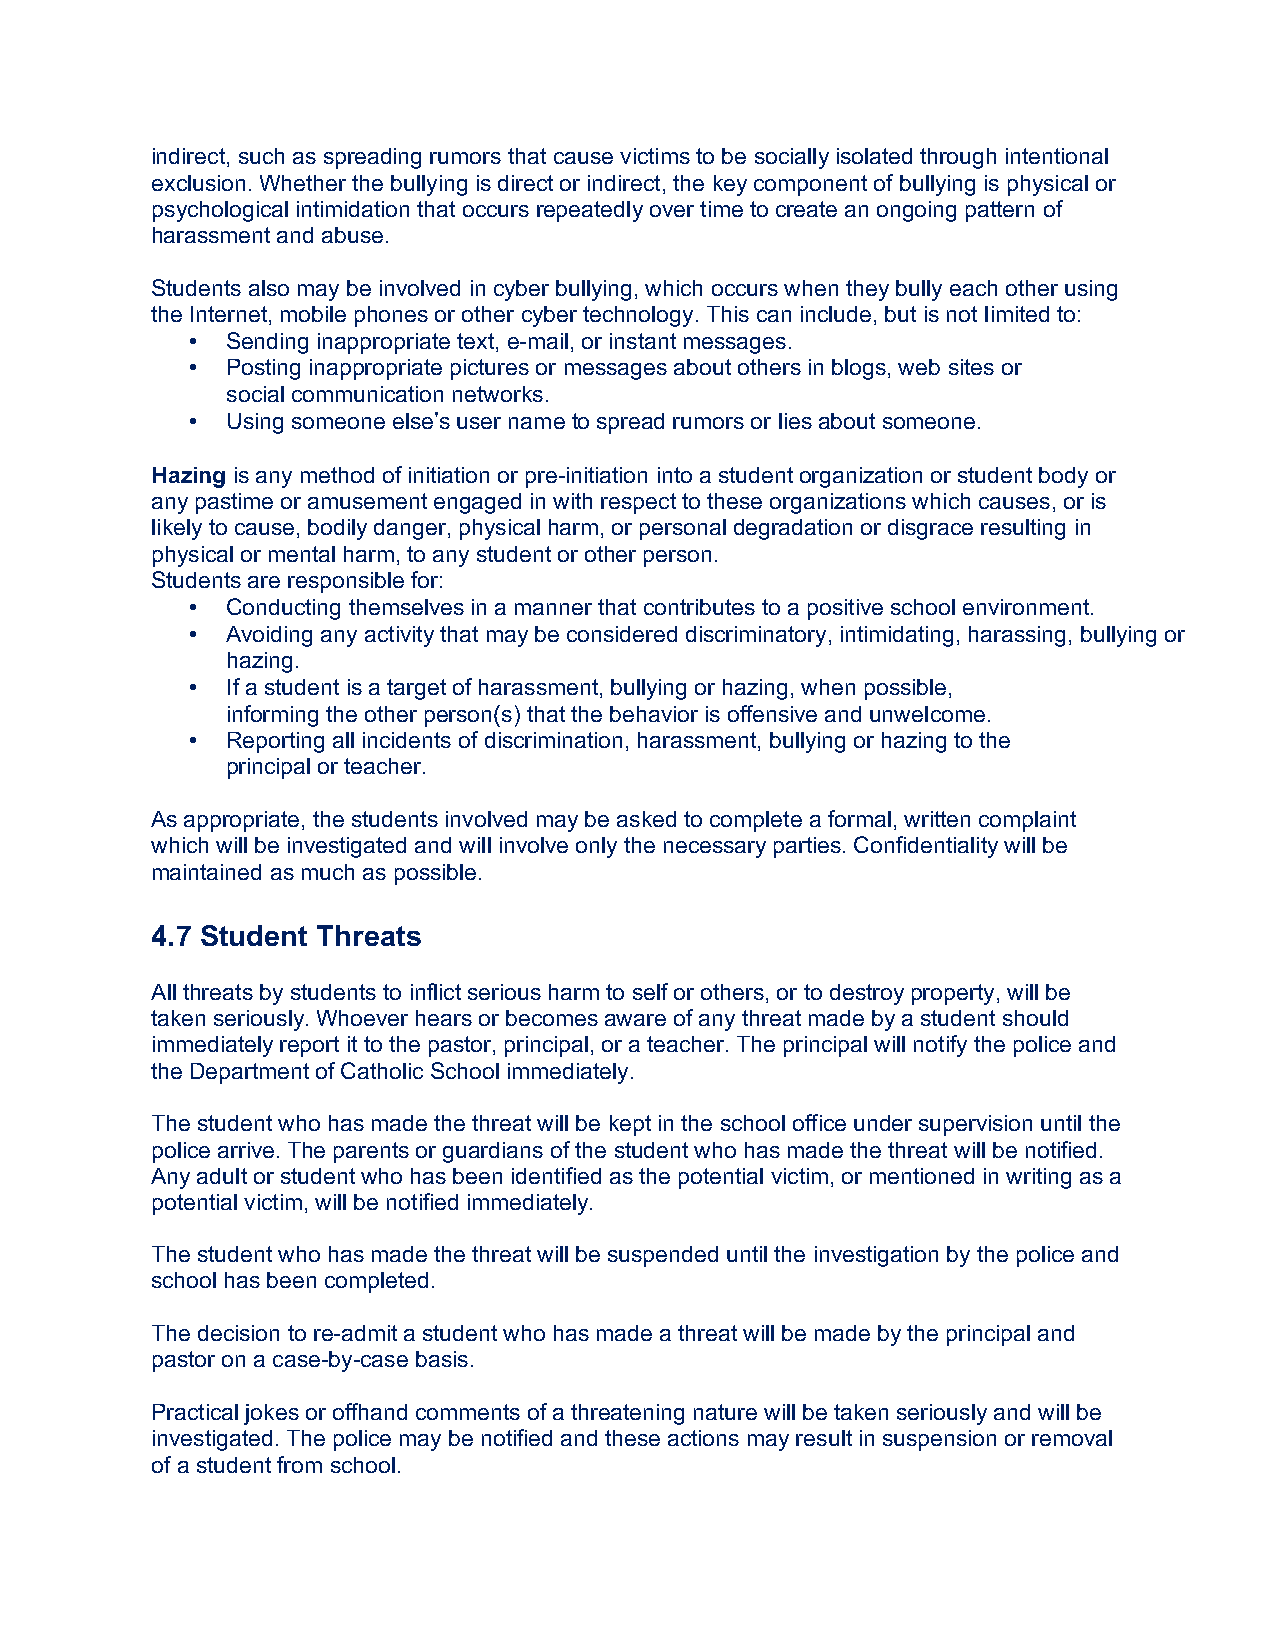
indirect, such as spreading rumors that cause victims to be socially isolated through intentional
 exclusion. Whether the bullying is direct or indirect, the key component of bullying is physical or
 psychological intimidation that occurs repeatedly over time to create an ongoing pattern of
 harassment and abuse.
 Students also may be involved in cyber bullying, which occurs when they bully each other using
 the Internet, mobile phones or other cyber technology. This can include, but is not limited to:
 • Sending inappropriate text, e-mail, or instant messages.
 • Posting inappropriate pictures or messages about others in blogs, web sites or
 social communication networks.
 • Using someone else’s user name to spread rumors or lies about someone.
 Hazing is any method of initiation or pre-initiation into a student organization or student body or
 any pastime or amusement engaged in with respect to these organizations which causes, or is
 likely to cause, bodily danger, physical harm, or personal degradation or disgrace resulting in
 physical or mental harm, to any student or other person.
 Students are responsible for:
 • Conducting themselves in a manner that contributes to a positive school environment.
 • Avoiding any activity that may be considered discriminatory, intimidating, harassing, bullying or
 hazing.
 • If a student is a target of harassment, bullying or hazing, when possible,
 informing the other person(s) that the behavior is offensive and unwelcome.
 • Reporting all incidents of discrimination, harassment, bullying or hazing to the
 principal or teacher.
 As appropriate, the students involved may be asked to complete a formal, written complaint
 which will be investigated and will involve only the necessary parties. Confidentiality will be
 maintained as much as possible.
 4.7 Student Threats
 All threats by students to inflict serious harm to self or others, or to destroy property, will be
 taken seriously. Whoever hears or becomes aware of any threat made by a student should
 immediately report it to the pastor, principal, or a teacher. The principal will notify the police and
 the Department of Catholic School immediately.
 The student who has made the threat will be kept in the school office under supervision until the
 police arrive. The parents or guardians of the student who has made the threat will be notified.
 Any adult or student who has been identified as the potential victim, or mentioned in writing as a
 potential victim, will be notified immediately.
 The student who has made the threat will be suspended until the investigation by the police and
 school has been completed.
 The decision to re-admit a student who has made a threat will be made by the principal and
 pastor on a case-by-case basis.
 Practical jokes or offhand comments of a threatening nature will be taken seriously and will be
 investigated. The police may be notified and these actions may result in suspension or removal
 of a student from school.